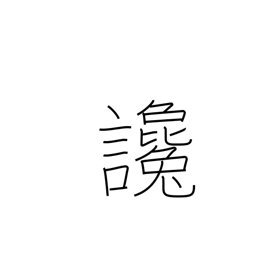
Meaning: defamation